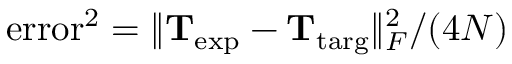
\mathrm { e r r o r } ^ { 2 } = \lVert \mathbf { T } _ { \mathrm { e x p } } - \mathbf { T } _ { \mathrm { t a r g } } \rVert _ { F } ^ { 2 } / ( 4 N )